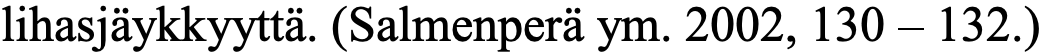
lihasjäykkyyttä. (Salmenperä ym. 2002, 130 – 132.)